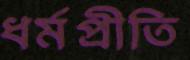
ধর্মপ্রীতি